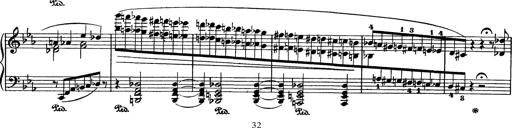
Title: AnnÃ©es de pÃ¨lerinage I
Composer: Franz Liszt